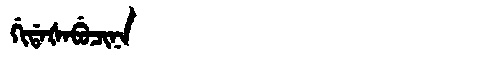
Manchu: ᡤᡳᡩᠠᡧᠠᠪᡠᠴᡳᠨᠠ
Romanization: GIDAŠABUCINA